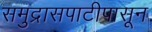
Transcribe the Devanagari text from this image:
समुद्रासपाटीपासून